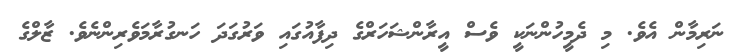
ނަރިމާން އެވެ. މި ދެމީހުންނަކީ ވެސް އީރާންޝަހަރްގެ ދިފާއުގައި ވަރުގަދަ ހަނގުރާމަވެރިންނެވެ. ޒާލްގެ